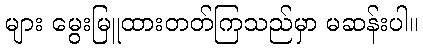
များ မွေးမြူထားတတ်ကြသည်မှာ မဆန်းပါ။